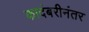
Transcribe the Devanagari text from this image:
कादंबरीनंतर